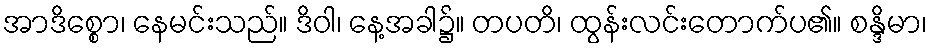
အာဒိစ္စော၊ နေမင်းသည်။ ဒိဝါ၊ နေ့အခါ၌။ တပတိ၊ ထွန်းလင်းတောက်ပ၏။ စန္ဒိမာ၊